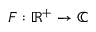
F : \mathbb { R } ^ { + } \to \mathbb { C }